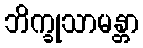
ဘိက္ခုသာမန္တာ